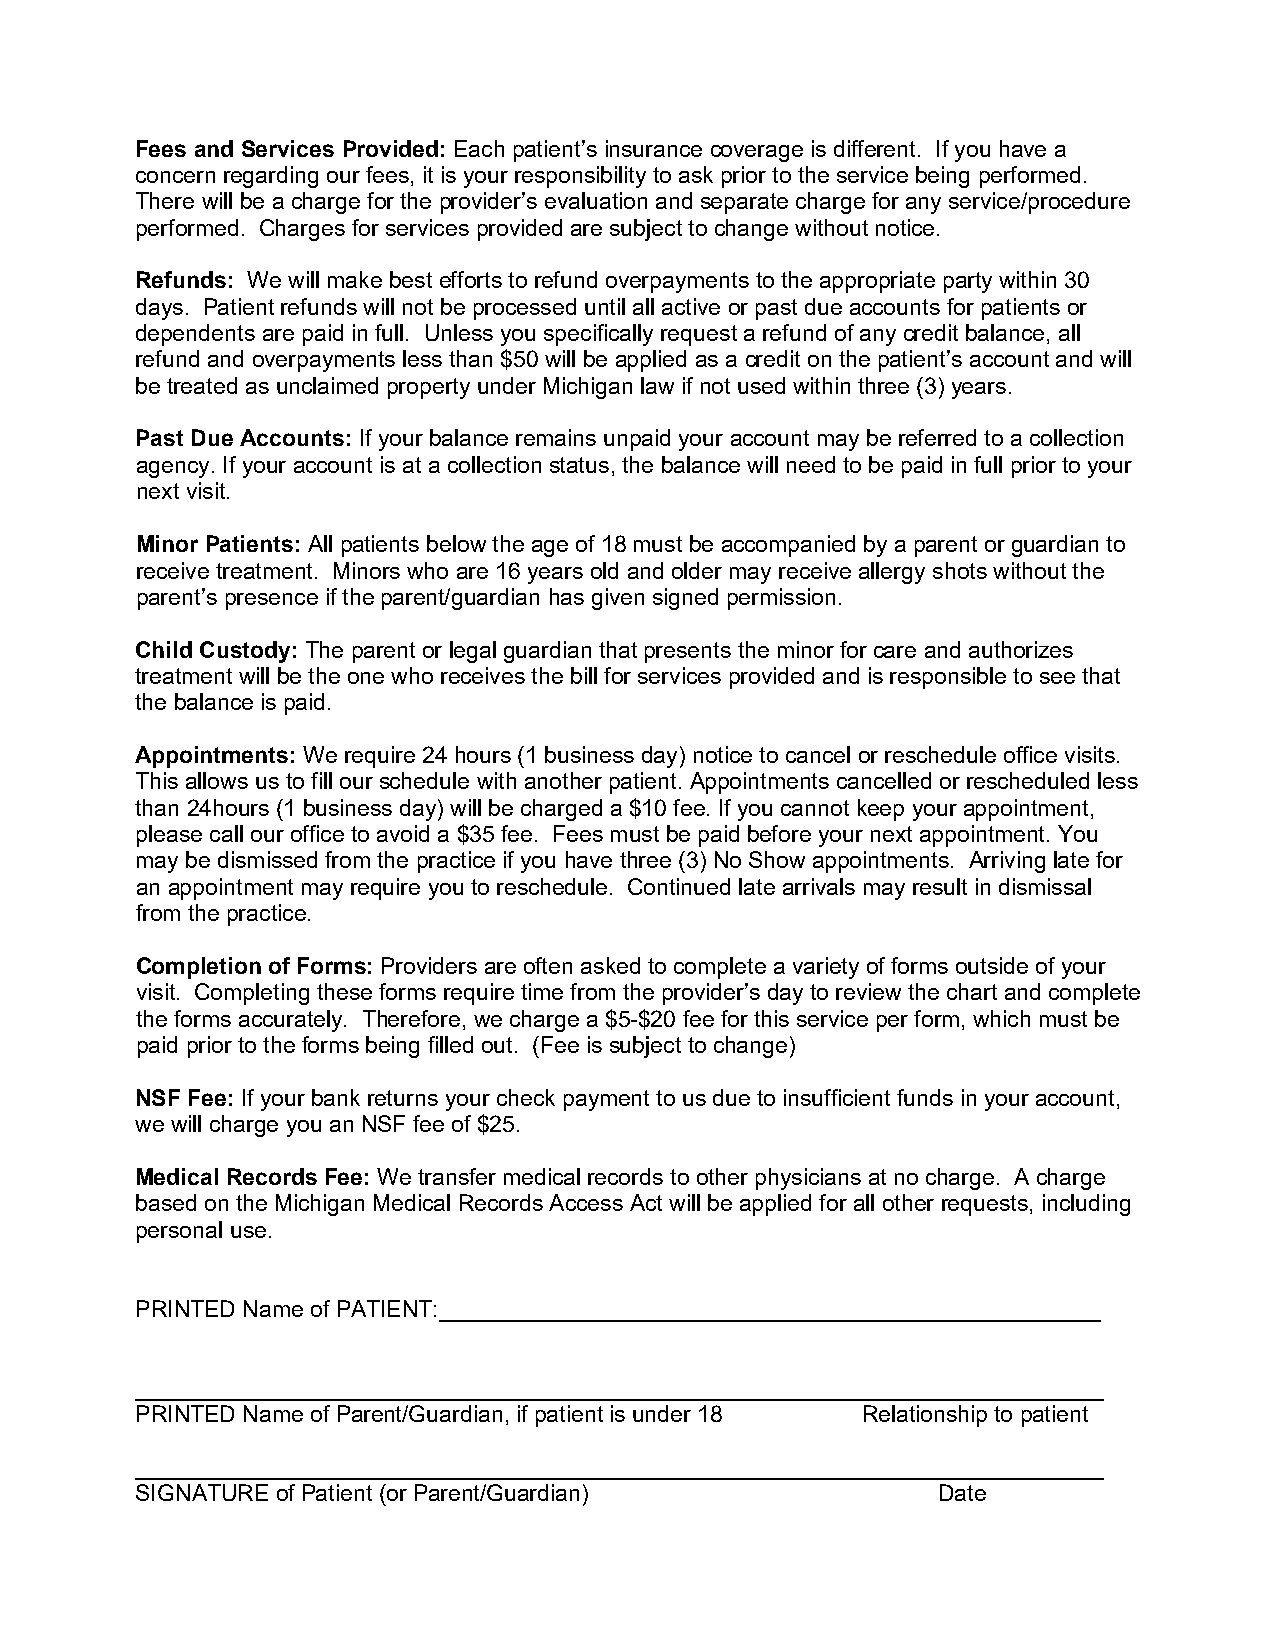
Fees and Services Provided: Each patient’s insurance coverage is different. If you have a
 concern regarding our fees, it is your responsibility to ask prior to the service being performed.
 There will be a charge for the provider’s evaluation and separate charge for any service/procedure
 performed. Charges for services provided are subject to change without notice.
 Refunds: We will make best efforts to refund overpayments to the appropriate party within 30
 days. Patient refunds will not be processed until all active or past due accounts for patients or
 dependents are paid in full. Unless you specifically request a refund of any credit balance, all
 refund and overpayments less than $50 will be applied as a credit on the patient’s account and will
 be treated as unclaimed property under Michigan law if not used within three (3) years.
 Past Due Accounts: If your balance remains unpaid your account may be referred to a collection
 agency. If your account is at a collection status, the balance will need to be paid in full prior to your
 next visit.
 Minor Patients: All patients below the age of 18 must be accompanied by a parent or guardian to
 receive treatment. Minors who are 16 years old and older may receive allergy shots without the
 parent’s presence if the parent/guardian has given signed permission.
 Child Custody: The parent or legal guardian that presents the minor for care and authorizes
 treatment will be the one who receives the bill for services provided and is responsible to see that
 the balance is paid.
 Appointments: We require 24 hours (1 business day) notice to cancel or reschedule office visits.
 This allows us to fill our schedule with another patient. Appointments cancelled or rescheduled less
 than 24hours (1 business day) will be charged a $10 fee. If you cannot keep your appointment,
 please call our office to avoid a $35 fee. Fees must be paid before your next appointment. You
 may be dismissed from the practice if you have three (3) No Show appointments. Arriving late for
 an appointment may require you to reschedule. Continued late arrivals may result in dismissal
 from the practice.
 Completion of Forms: Providers are often asked to complete a variety of forms outside of your
 visit. Completing these forms require time from the provider’s day to review the chart and complete
 the forms accurately. Therefore, we charge a $5-$20 fee for this service per form, which must be
 paid prior to the forms being filled out. (Fee is subject to change)
 NSF Fee: If your bank returns your check payment to us due to insufficient funds in your account,
 we will charge you an NSF fee of $25.
 Medical Records Fee: We transfer medical records to other physicians at no charge. A charge
 based on the Michigan Medical Records Access Act will be applied for all other requests, including
 personal use.
 PRINTED Name of PATIENT:____________________________________________________
 ____________________________________________________________________________
 PRINTED Name of Parent/Guardian, if patient is under 18 Relationship to patient
 ____________________________________________________________________________
 SIGNATURE of Patient (or Parent/Guardian)            Date